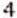
4